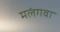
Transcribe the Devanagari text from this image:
मलंगवा